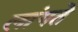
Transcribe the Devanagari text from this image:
लांगते